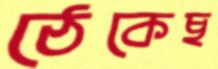
ঠেকেছ